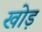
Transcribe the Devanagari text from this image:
खोड़